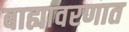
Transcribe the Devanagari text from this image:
बाह्यावरणात